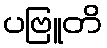
ပဗြူတိ